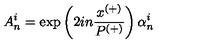
A _ { n } ^ { i } = \exp \left( 2 i n \frac { x ^ { ( + ) } } { P ^ { ( + ) } } \right) \alpha _ { n } ^ { i }